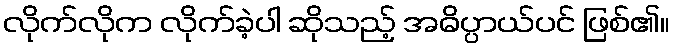
လိုက်လိုက လိုက်ခဲ့ပါ ဆိုသည့် အဓိပ္ပာယ်ပင် ဖြစ်၏။